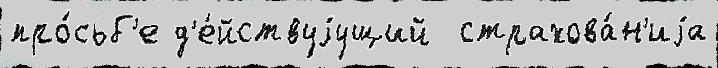
про́сьб'е д'е́йствуjущий  страхова́н'иjа